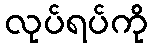
လုပ်ရပ်ကို